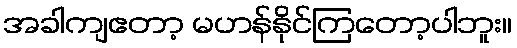
အခါကျဧတာ့ မဟန်နိုင်ကြတော့ပါဘူး။